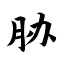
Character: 胁